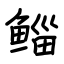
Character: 鲻